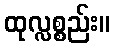
ထုလ္လစ္စည်း။